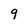
Character: 9